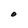
Character: O